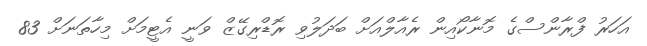
އަހަރު ފްރާންސްގެ މޮނާކޯއިން ރެއާލްއަށް ބަދަލުވި ރޮޑްރިގޭޒް ވަނީ އެޓީމަށް މިހާތަނަށް 83